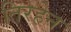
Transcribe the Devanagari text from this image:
तिरहेन